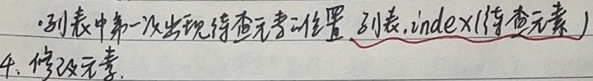
- 列表中第一次出现待查元素位置：列表.index(待查元素)
4. 修改元素.